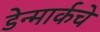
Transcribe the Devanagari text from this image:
डेन्मार्कचे